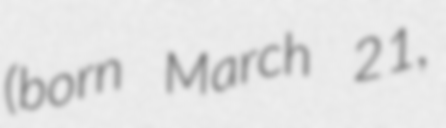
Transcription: (born March 21,